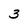
Character: 3